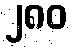
၂၈၀